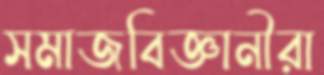
সমাজবিজ্ঞানীরা